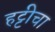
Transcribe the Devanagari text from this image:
हट्टीचा